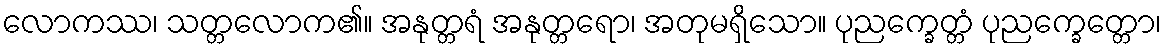
လောကဿ၊ သတ္တလောက၏။ အနုတ္တရံ အနုတ္တရော၊ အတုမရှိသော။ ပုညက္ခေတ္တံ ပုညက္ခေတ္တော၊